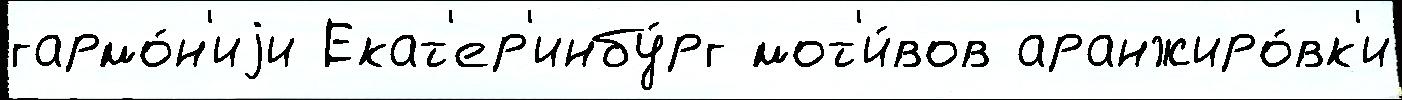
гармо́н'иjи Екат'ер'инбу́рг мот'и́вов аранжиро́вк'и